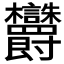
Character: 𬅜